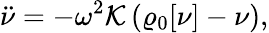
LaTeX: {\displaystyle{\ddot{\nu}}=-\omega^{2}{\cal K}\left(\varrho_{\mathrm{0}}[\nu]-\nu\right),}